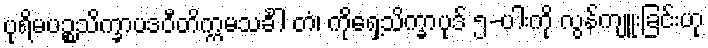
ပုရိမပဉ္စသိက္ခာပဒဝီတိက္ကမသင်္ခါ တံ၊ ကိုရှေ့သိက္ခာပုဒ် ၅-ပါးကို လွန်ကျူးခြင်းဟု